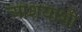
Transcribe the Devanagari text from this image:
आशयाशी